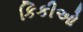
કિકીઓ